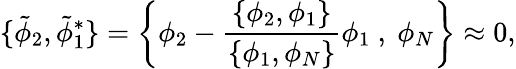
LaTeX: \{ {\tilde{\phi}_{2}},{\tilde{\phi}_{1}^{*}}\} =\left\{ \phi_{2}-\frac{\{ \phi_{2},\phi_{1}\} }{\{ \phi_{1},\phi_{N}\} }\phi_{1}\ ,\ \phi_{N}\right\} \approx 0,